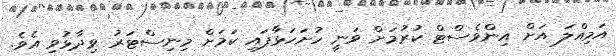
އަމިއްލަ އަށް އިންވެސްޓް ކުރުމަށް ވަނީ ހުށަހަޅާފައި ކަމަށް މިނިސްޓަރު ވިދާޅުވި އެވެ.